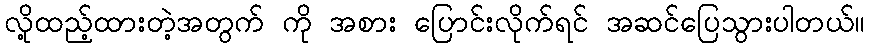
လို့ထည့်ထားတဲ့အတွက် ကို အစား ပြောင်းလိုက်ရင် အဆင်ပြေသွားပါတယ်။